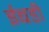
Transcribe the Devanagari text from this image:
ईबडी